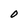
Character: O